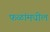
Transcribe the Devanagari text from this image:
फळांमधील